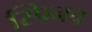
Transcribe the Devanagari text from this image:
स्पिनच